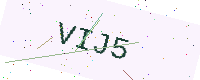
Text: VIJ5